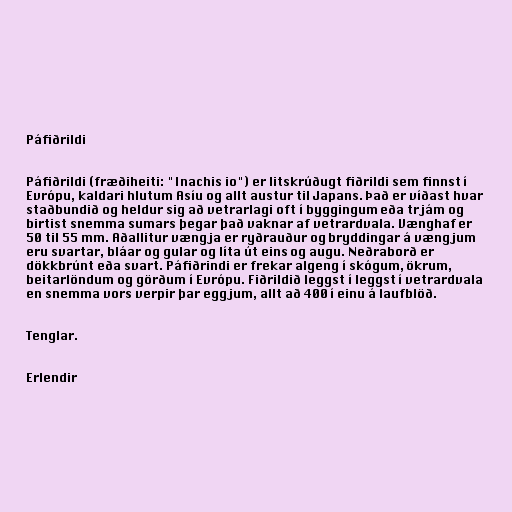
Páfiðrildi

Páfiðrildi (fræðiheiti: "Inachis io") er litskrúðugt fiðrildi sem finnst í
Evrópu, kaldari hlutum Asíu og allt austur til Japans. Það er víðast hvar
staðbundið og heldur sig að vetrarlagi oft í byggingum eða trjám og
birtist snemma sumars þegar það vaknar af vetrardvala. Vænghaf er
50 til 55 mm. Aðallitur vængja er ryðrauður og bryddingar á vængjum
eru svartar, bláar og gular og líta út eins og augu. Neðraborð er
dökkbrúnt eða svart. Páfiðrindi er frekar algeng í skógum, ökrum,
beitarlöndum og görðum í Evrópu. Fiðrildið leggst í leggst í vetrardvala
en snemma vors verpir þar eggjum, allt að 400 í einu á laufblöð.

Tenglar.

Erlendir